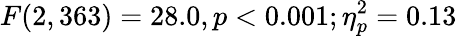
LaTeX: F(2,363)=28.0,p<0.001;\eta_{p}^{2}=0.13